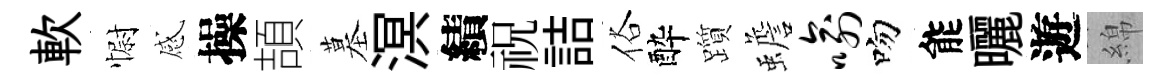
軟𢠢感操頡墓溟績祝詰俗酔躓蟾喻吻能曬遊綿